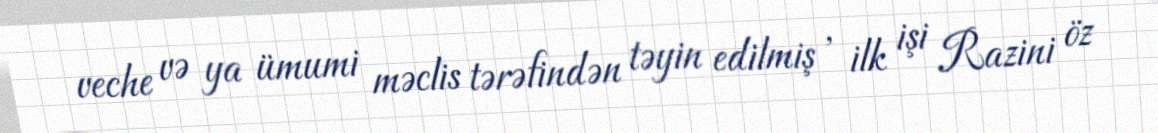
veche və ya ümumi məclis tərəfindən təyin edilmiş , ilk işi Razini öz